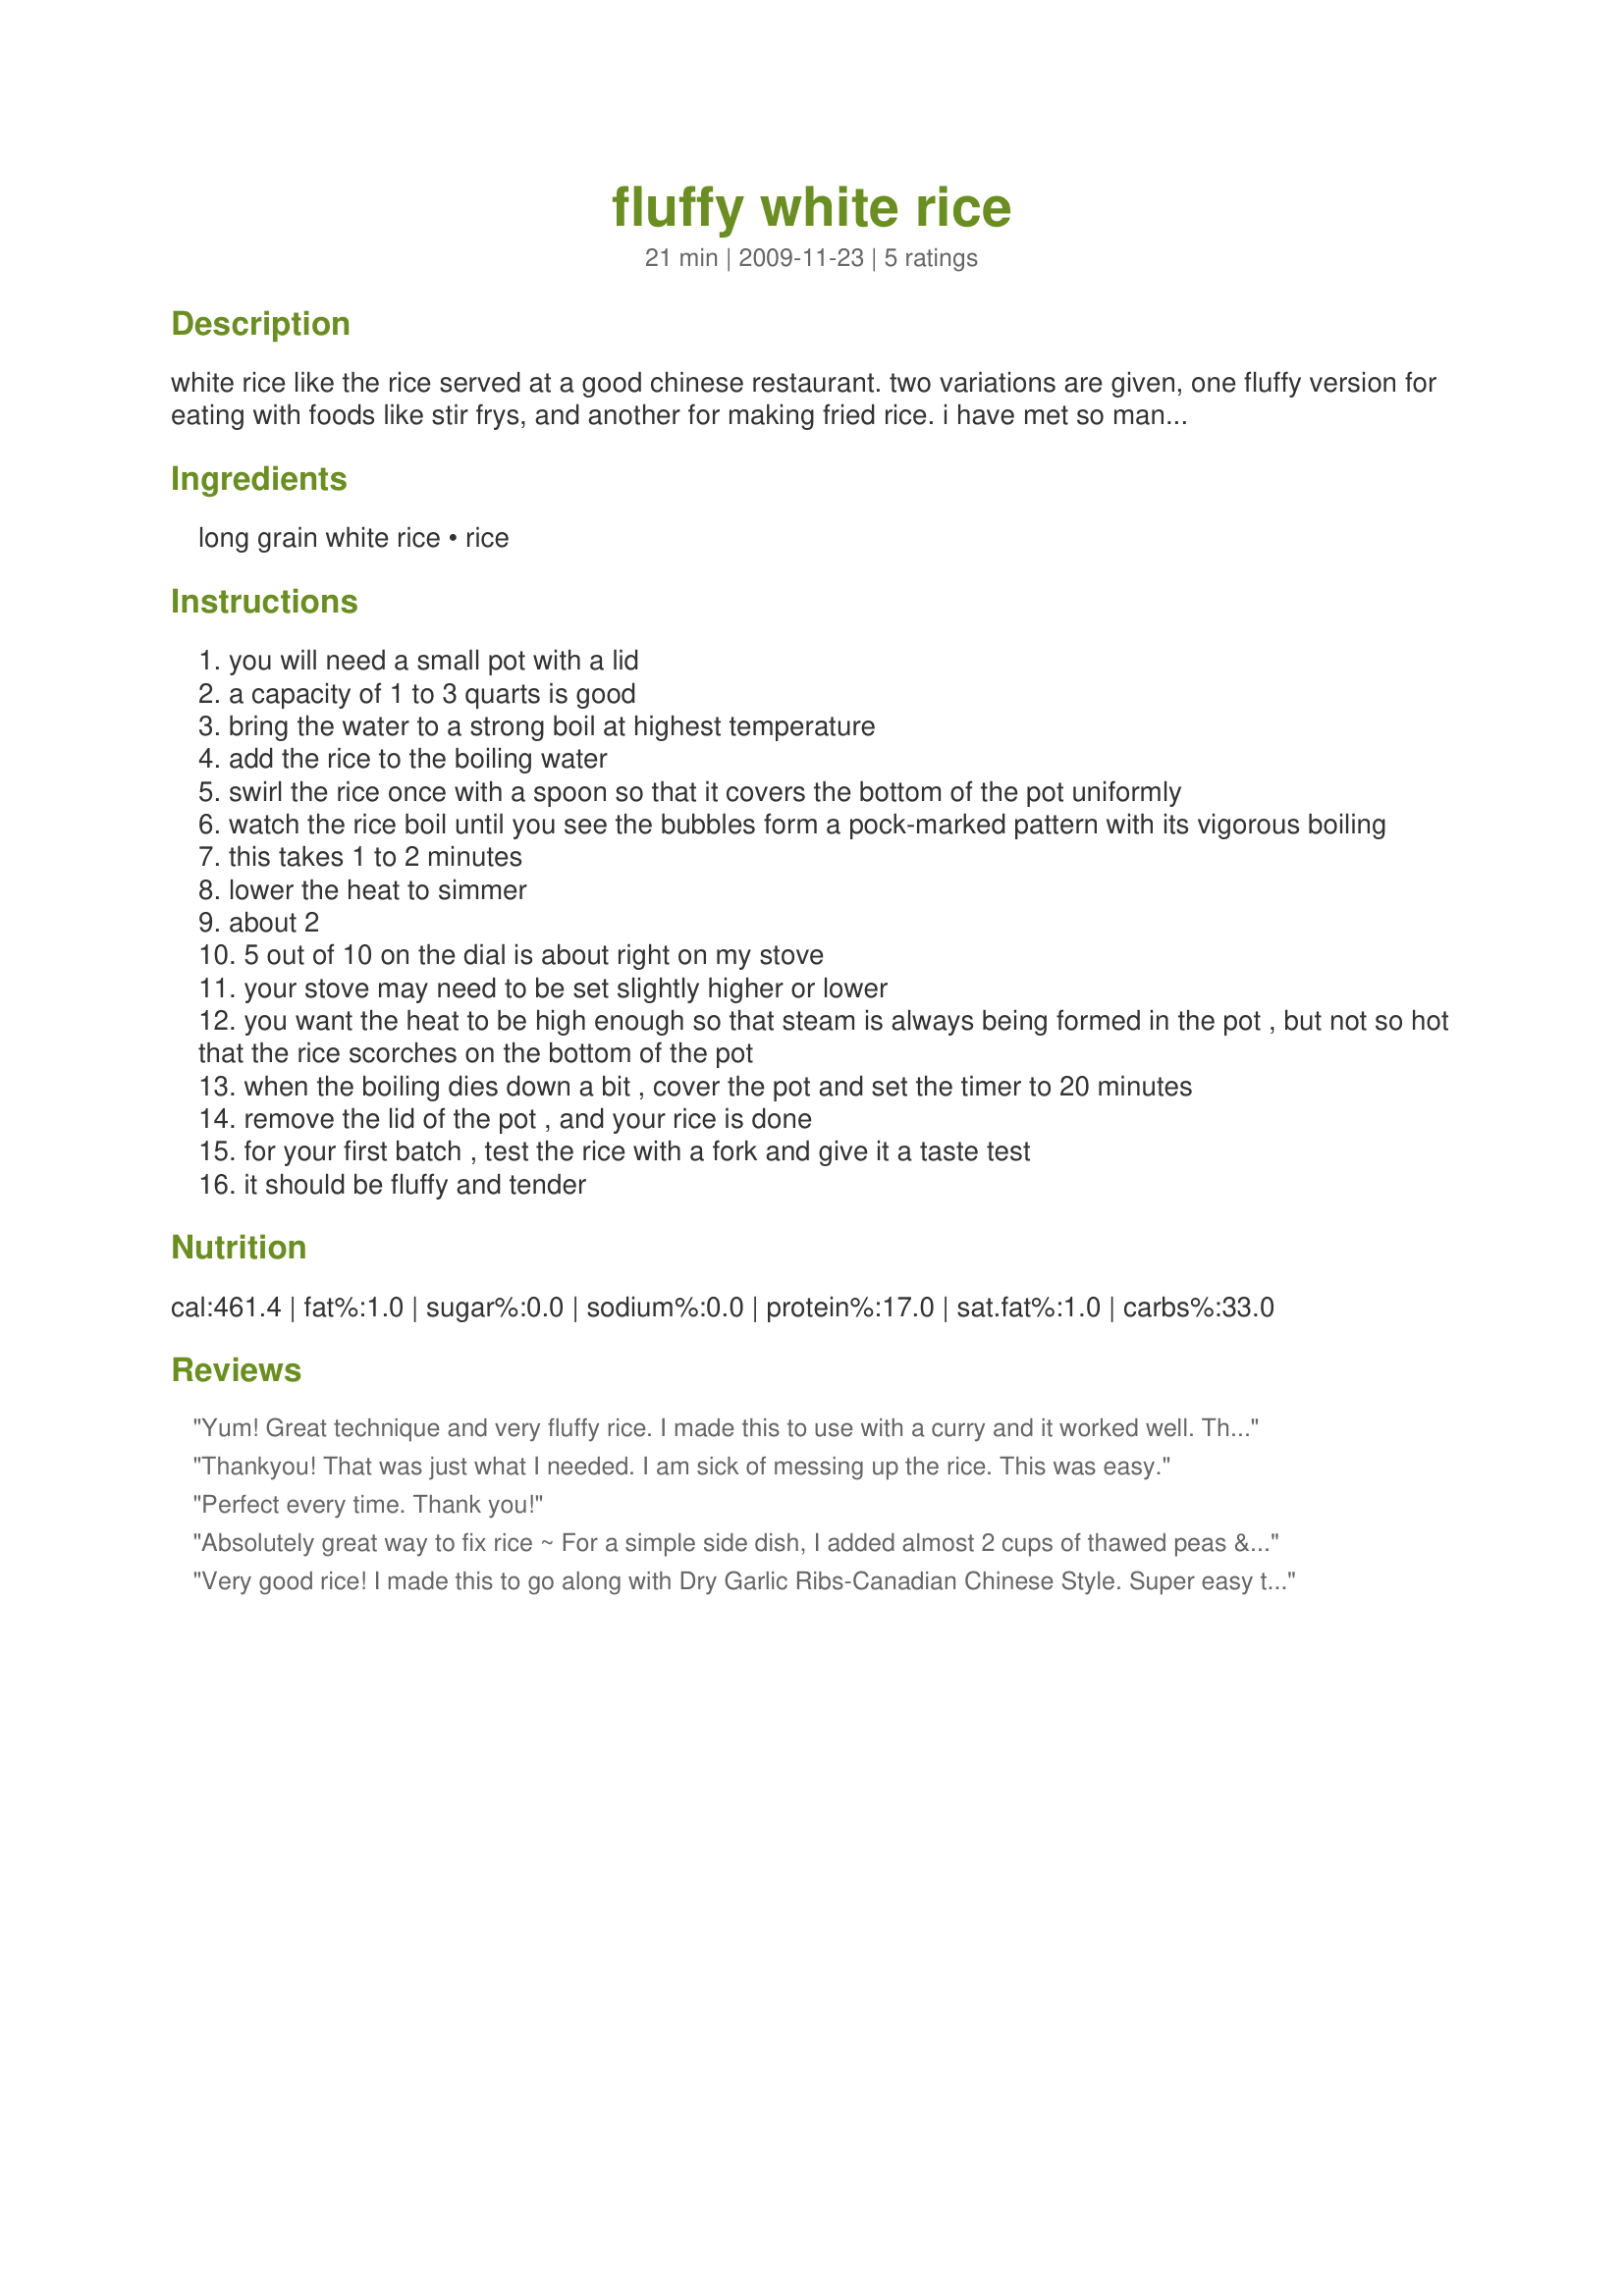
fluffy white rice
Preparation time: 21 minutes

white rice like the rice served at a good chinese restaurant. two variations are given, one fluffy version for eating with foods like stir frys, and another for making fried rice. i have met so many people who marvel at perfect white rice. it's very easy to make. here's how...

Ingredients:
long grain white rice, rice

Steps:
you will need a small pot with a lid
a capacity of 1 to 3 quarts is good
bring the water to a strong boil at highest temperature
add the rice to the boiling water
swirl the rice once with a spoon so that it covers the bottom of the pot uniformly
watch the rice boil until you see the bubbles form a pock-marked pattern with its vigorous boiling
this takes 1 to 2 minutes
lower the heat to simmer
about 2
5 out of 10 on the dial is about right on my stove
your stove may need to be set slightly higher or lower
you want the heat to be high enough so that steam is always being formed in the pot , but not so hot that the rice scorches on the bottom of the pot
when the boiling dies down a bit , cover the pot and set the timer to 20 minutes
remove the lid of the pot , and your rice is done
for your first batch , test the rice with a fork and give it a taste test
it should be fluffy and tender

Reviews:
Yum! Great technique and very fluffy rice. I made this to use with a curry and it worked well. The directions were very easy to follow. Thanks for posting your recipe RudyH
Thankyou! That was just what I needed. I am sick of messing up the rice. This was easy.
Perfect every time. Thank you!
Absolutely great way to fix rice ~ For a simple side dish, I added almost 2 cups of thawed peas & a little lemon pepper! I look forward to using this rice in other dishes as well! We appreciate you sharing the recipe! [Made & reviewed for one of my adoptees in the current round of Pick A Chef]
Very good rice! I made this to go along with Dry Garlic Ribs-Canadian Chinese Style. Super easy to make and it came out perfect in 20 minutes. Thanks for sharing. Made for PAC Spring 2010.
